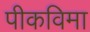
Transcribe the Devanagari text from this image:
पीकविमा